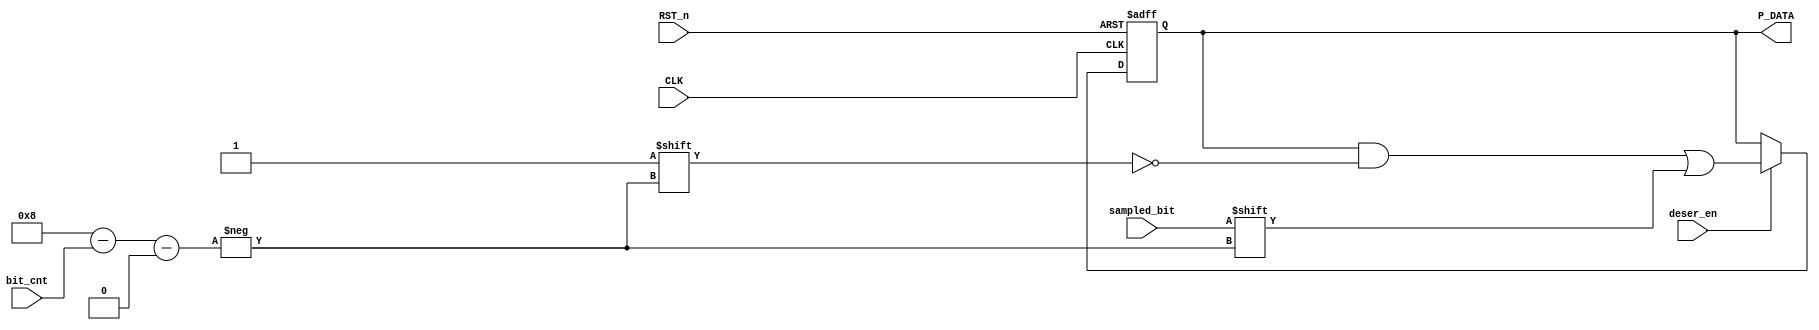
module deserializer(
input CLK   ,
input RST_n ,
input deser_en ,
input [3:0] bit_cnt ,
input sampled_bit,

output reg [7:0] P_DATA

);


reg [7:0] Data_Collect ;

wire [3:0] index ;

assign index = 8 - bit_cnt;          // TO STORE BITS FROM LEFT HAND SIDE

always @(posedge CLK , negedge RST_n) 
begin

if(!RST_n) begin
  P_DATA <= 0;
end


else if(deser_en)begin
  P_DATA[index] <= sampled_bit ;
end


end


endmodule





///////////////////////////////////////////////////////////////////////////
///////////////////////////// TESTBENCH ///////////////////////////////////
///////////////////////////////////////////////////////////////////////////


// module deserializer_tb();


// parameter PRESCALE = 'd16;
// parameter PERIOD_CLK = 5;


// reg CLK               ;
// reg RST_n             ;
// reg deser_en          ;
// reg [3:0] bit_cnt     ;
// reg sampled_bit       ;

// wire [7:0] P_DATA     ;


// integer i ;

// deserializer dut (.CLK(CLK) ,.RST_n(RST_n) ,.deser_en(deser_en) , .bit_cnt(bit_cnt) ,.sampled_bit(sampled_bit) ,.P_DATA(P_DATA) );


// always #(PERIOD_CLK / 2) CLK = ~ CLK ;


// initial begin

// CLK         = 0;
// deser_en    = 0;
// bit_cnt     = 0;
// sampled_bit = 0;


// RST_n = 0;
// #(2 * PERIOD_CLK);
// RST_n = 1;


// deser_en = 1'b1;

// for(i = 1 ; i < 10 ; i = i + 1)
// begin
// sampled_bit = ~ sampled_bit;
// bit_cnt = i;
// #(4 * PERIOD_CLK);
// end

// #(200 * PERIOD_CLK);

// $stop;
// end


// endmodule